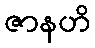
ဇာနဟိ